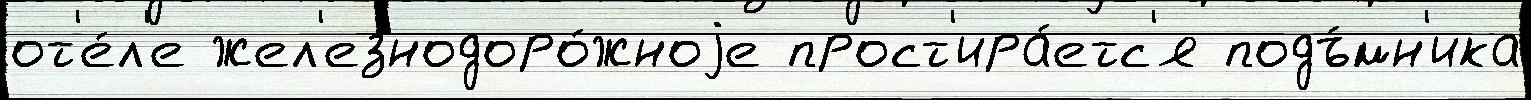
от'е́л'е жел'езнодоро́жноjе прост'ира́етс'я подъ́мн'ика